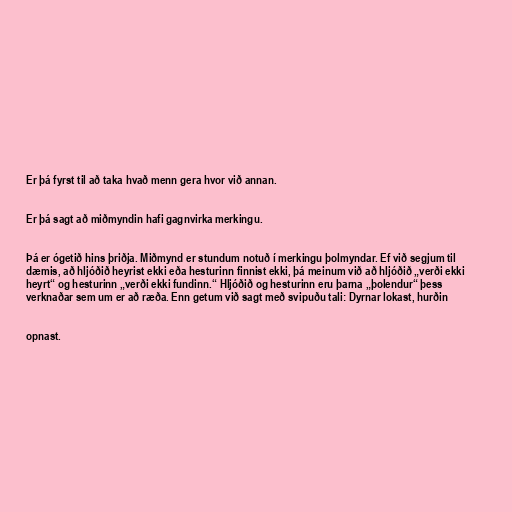
Er þá fyrst til að taka hvað menn gera hvor við annan.

Er þá sagt að miðmyndin hafi gagnvirka merkingu.

Þá er ógetið hins þriðja. Miðmynd er stundum notuð í merkingu þolmyndar. Ef við segjum til
dæmis, að hljóðið heyrist ekki eða hesturinn finnist ekki, þá meinum við að hljóðið „verði ekki
heyrt“ og hesturinn „verði ekki fundinn.“ Hljóðið og hesturinn eru þarna „þolendur“ þess
verknaðar sem um er að ræða. Enn getum við sagt með svipuðu tali: Dyrnar lokast, hurðin

opnast.